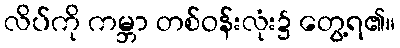
လိပ်ကို ကမ္ဘာ တစ်ဝန်းလုံး၌ တွေ့ရ၏။